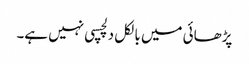
پڑھائی میں بالکل دلچسپی نہیں ہے۔